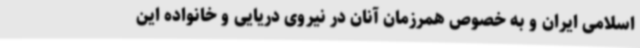
اسلامی ایران و به خصوص همرزمان آنان در نیروی دریایی و خانواده این